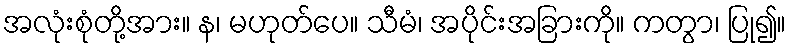
အလုံးစုံတို့အား။ န၊ မဟုတ်ပေ။ သီမံ၊ အပိုင်းအခြားကို။ ကတွာ၊ ပြု၍။